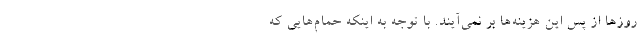
روزها از پس این هزینه‌ها بر نمی‌آیند. با توجه به اینکه حمام‌هایی که